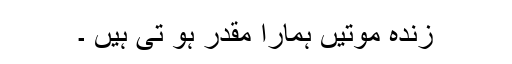
زندہ موتیں ہمارا مقدر ہو تی ہیں ۔